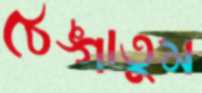
ঠেঙ্গাতুম